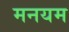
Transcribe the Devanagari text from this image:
मनयम